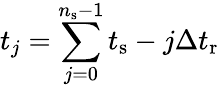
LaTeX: t_{j}=\sum_{j=0}^{n_{\mathrm{s}}-1}t_{\mathrm{s}}-j\Delta t_{\mathrm{r}}